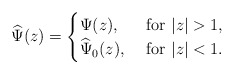
\begin{align*}\widehat\Psi(z)=\begin{cases}\Psi(z),&\mbox{ for $|z|>1$,}\\\widehat\Psi_0(z),&\mbox{ for $|z|<1$}.\end{cases}\end{align*}